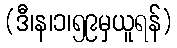
(ဒီ၊န၊၁၊၅၉မှယူရန်)